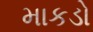
માકડો